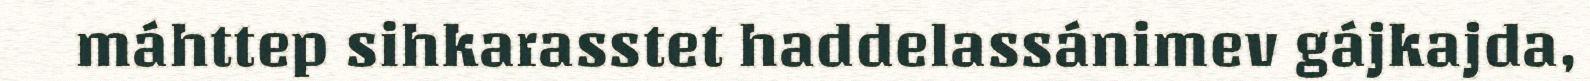
máhttep sihkarasstet haddelassánimev gájkajda,